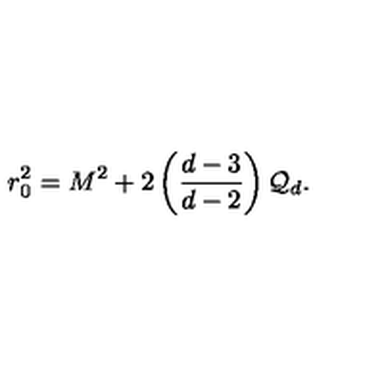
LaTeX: r _ { 0 } ^ { 2 } = M ^ { 2 } + 2 \left( \frac { d - 3 } { d - 2 } \right) { \cal Q } _ { d } .